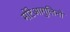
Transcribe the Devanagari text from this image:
मोंटेआगुलिनो